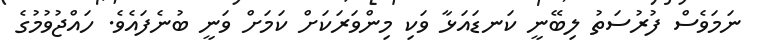
ނަމަވެސް ފުރުސަތު ލިބޭނީ ކަނޑައަޅާ ވަކި މިންވަރަކަށް ކަމަށް ވަނީ ބުނެފައެވެ. ހައްޖުވުމުގެ